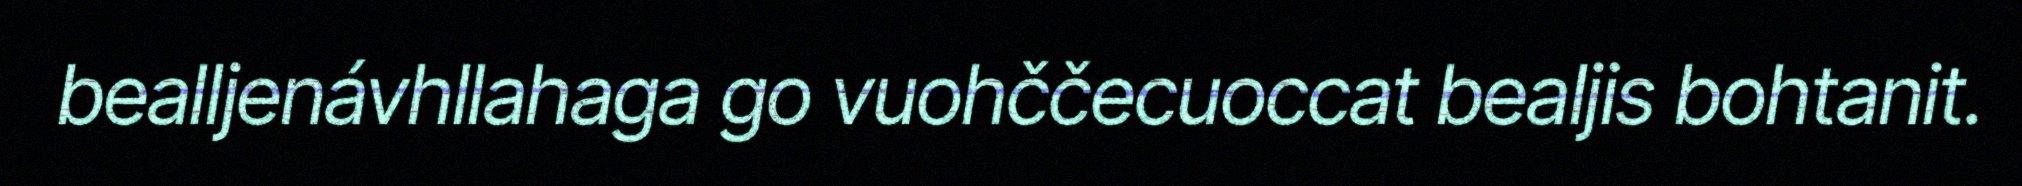
bealljenávhllahaga go vuohččecuoccat bealjis bohtanit.